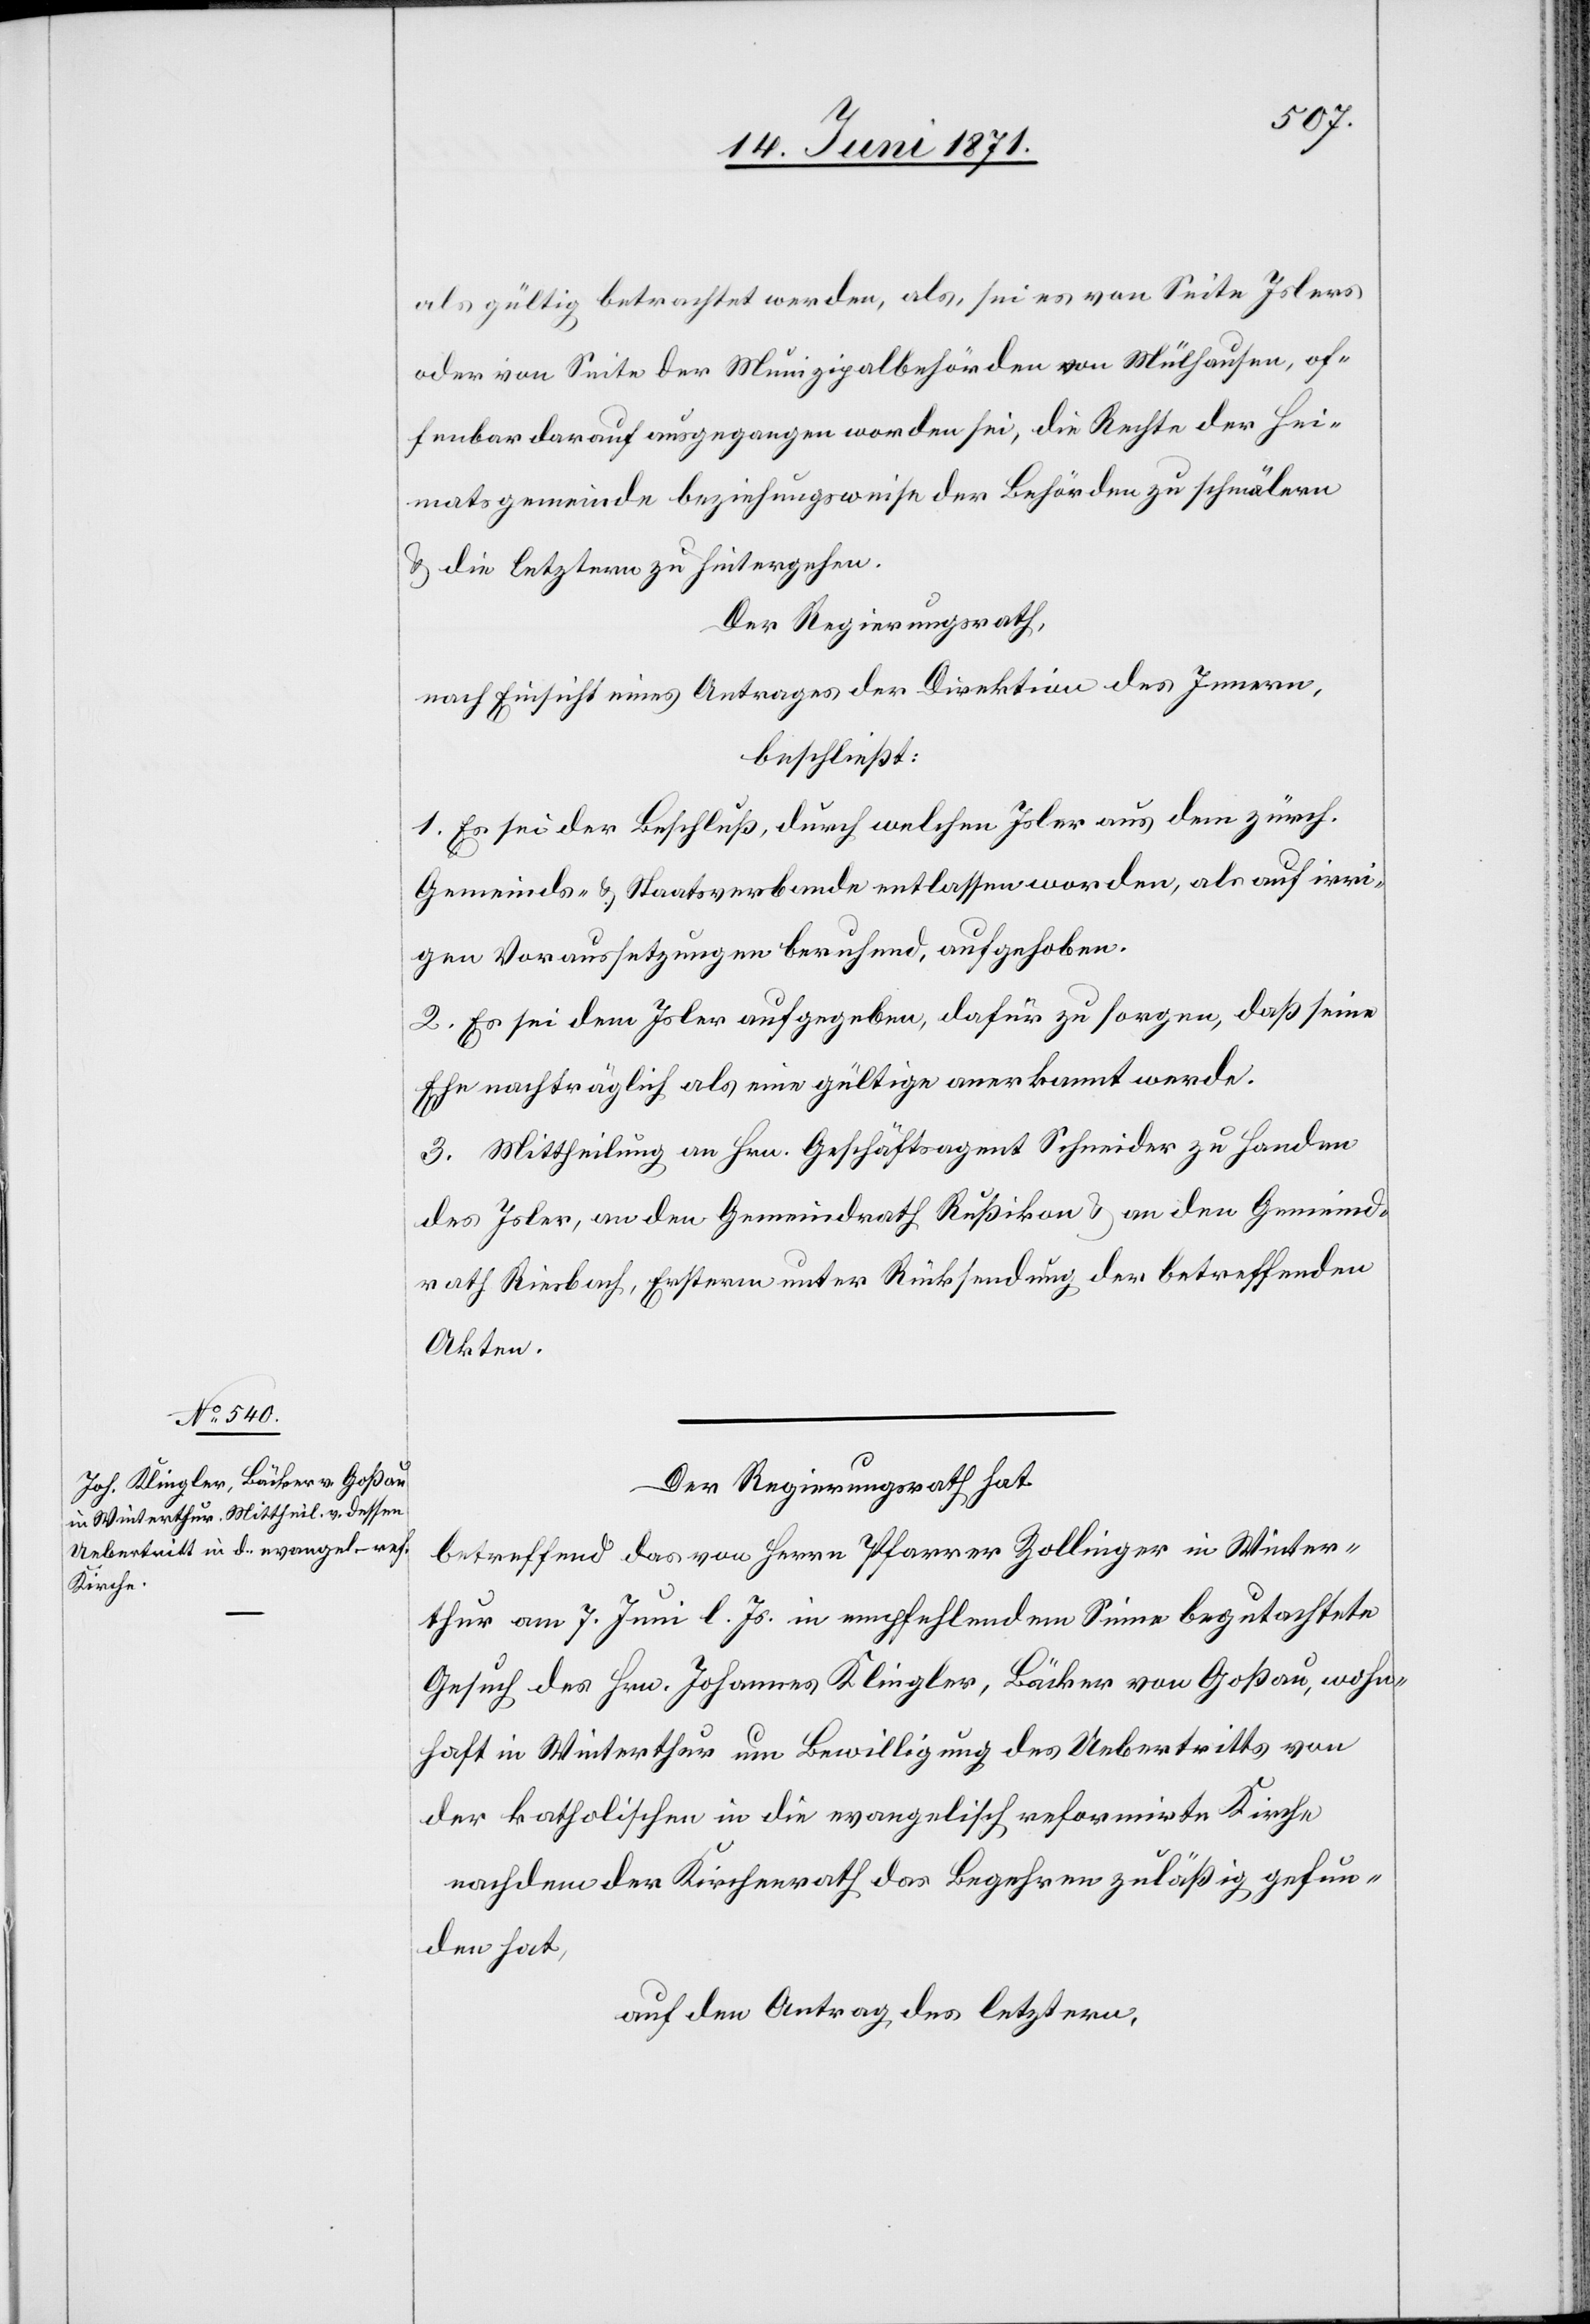
als gültig betrachtet werden, als, sei es von Seite Islers
oder von Seite der Munizipalbehörden von Mülhausen, of¬
fenbar darauf ausgegangen worden sei, die Rechte der Hei¬
matsgemeinde beziehungsweise der Behörden zu schmälern
u. die letztern zu hintergehen.
Der Regierungsrath,
nach Einsicht eines Antrages der Direktion des Innern,
beschließt:
1. Es sei der Beschluß, durch welchen Isler aus dem zürch.
Gemeinds- u. Staatsverbande entlassen worden, als auf irri¬
gen Voraussetzungen beruhend, aufgehoben.
2. Es sei dem Isler aufgegeben, dafür zu sorgen, daß seine
Ehe nachträglich als eine gültige anerkannt werde.
3. Mittheilung an Hrn. Geschäftsagent Schneider zu Handen
des Isler, an den Gemeindrath Rußikon u. an den Gemeind¬
rath Riesbach, Ersterm unter Rücksendung der betreffenden
Akten.
Der Regierungsrath hat
betreffend das von Herrn Pfarrer Zollinger in Winter¬
thur am 7. Juni l. Js. in empfehlendem Sinne begutachtete
Gesuch des Hrn. Johannes Klingler, Bäcker von Goßau, wohn¬
haft in Winterthur um Bewilligung des Uebertritts von
der katholischen in die evangelisch reformirte Kirche
nachdem der Kirchenrath das Begehren zuläßig gefun¬
den hat,
auf den Antrag des letztern,